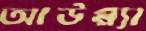
আউপ্প্যা